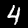
Label: 4